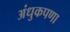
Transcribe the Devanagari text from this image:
अंधुकपणा